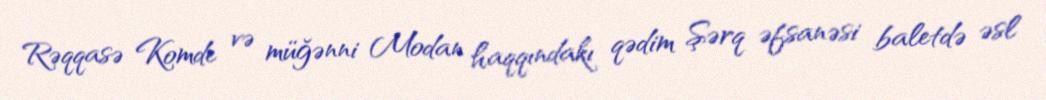
Rəqqasə Komde və müğənni Modan haqqındakı qədim Şərq əfsanəsi baletdə əsl